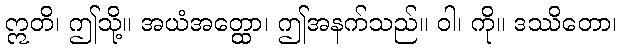
ဣတိ၊ ဤသို့။ အယံအတ္ထော၊ ဤအနက်သည်။ ဝါ၊ ကို။ ဒဿိတော၊